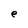
Character: e